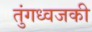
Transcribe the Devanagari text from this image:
तुंगध्वजकी